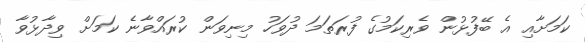
ކަމަށާއި އެ ބޭފުޅުން ވެރިކަމުގެ ފުރަތަމަ ދުވަހު މިނިވަން ކުރައްވާނެ ކަމަށް ވިދާޅުވާ